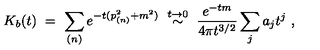
K _ { b } ( t ) \ = \ \sum _ { ( n ) } e ^ { - t ( p _ { ( n ) } ^ { 2 } + m ^ { 2 } ) } \ \stackrel { t \rightarrow 0 } { \sim } \ \frac { e ^ { - t m } } { 4 \pi t ^ { 3 / 2 } } \sum _ { j } a _ { j } t ^ { j } \ ,